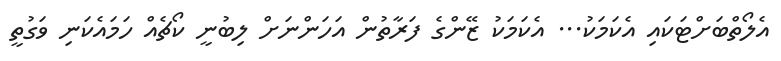
އެލޯތްބަށްޓަކައި އެކަމަކު... އެކަމަކު ޒޭންގެ ފަރާތުން އަހަންނަށް ލިބުނީ ކޯޗެއް ހަމައެކަނި ވަގުތީ